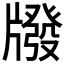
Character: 𤗳